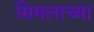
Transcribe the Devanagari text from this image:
सिमलाच्या